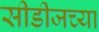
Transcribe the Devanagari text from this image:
सीडीजच्या